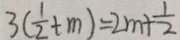
3 ( \frac { 1 } { 2 } + m ) = 2 m + \frac { 1 } { 2 }